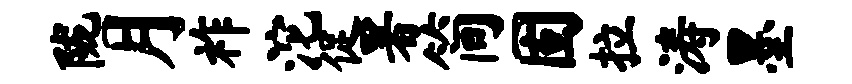
陇月祚沱促署简固拉涛墨